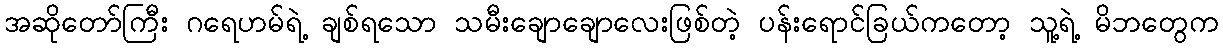
အဆိုတော်ကြီး ဂရေဟမ်ရဲ့ ချစ်ရသော သမီးချောချောလေးဖြစ်တဲ့ ပန်းရောင်ခြယ်ကတော့ သူ့ရဲ့ မိဘတွေက